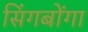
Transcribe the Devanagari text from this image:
सिंगबोंगा